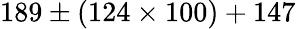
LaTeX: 189\pm(124\times 100)+147